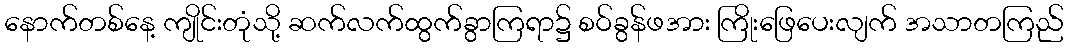
နောက်တစ်နေ့ ကျိုင်းတုံသို့ ဆက်လက်ထွက်ခွာကြရာ၌ စဝ်ခွန်ဖအား ကြိုးဖြေပေးလျက် အသာတကြည်